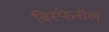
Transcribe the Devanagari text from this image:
बिस्फेनॉल